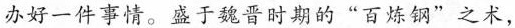
办好一件事情。盛于魏晋时期的”百炼钢”之术，